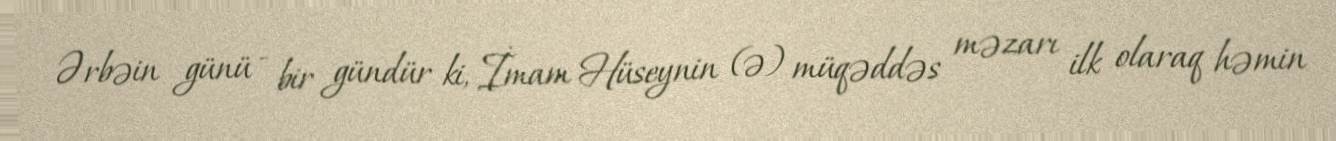
Ərbəin günü - bir gündür ki, İmam Hüseynin (ə) müqəddəs məzarı ilk olaraq həmin